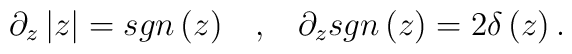
\partial _z \left| z\right| = sgn\left( z\right) \;\;\; ,\;\;\;\partial_z sgn\left( z\right) = 2\delta\left( z\right).